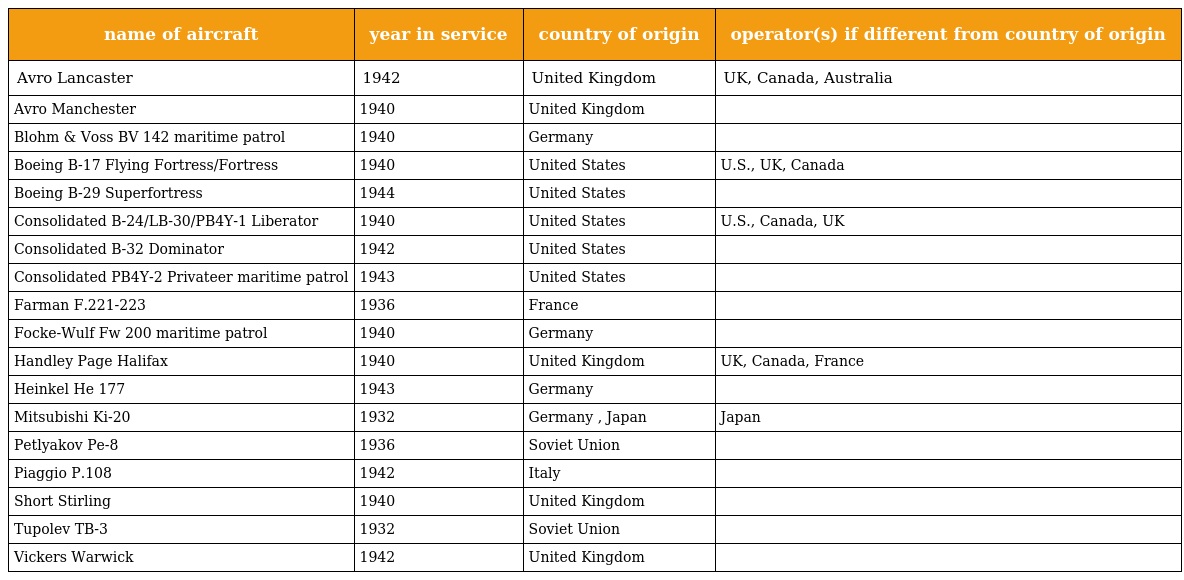
| name of aircraft | year in service | country of origin | operator(s) if different from country of origin |
 | --- | --- | --- | --- |
 | Avro Lancaster | 1942 | United Kingdom | UK, Canada, Australia |
 | Avro Manchester | 1940 | United Kingdom |  |
 | Blohm & Voss BV 142 maritime patrol | 1940 | Germany |  |
 | Boeing B-17 Flying Fortress/Fortress | 1940 | United States | U.S., UK, Canada |
 | Boeing B-29 Superfortress | 1944 | United States |  |
 | Consolidated B-24/LB-30/PB4Y-1 Liberator | 1940 | United States | U.S., Canada, UK |
 | Consolidated B-32 Dominator | 1942 | United States |  |
 | Consolidated PB4Y-2 Privateer maritime patrol | 1943 | United States |  |
 | Farman F.221-223 | 1936 | France |  |
 | Focke-Wulf Fw 200 maritime patrol | 1940 | Germany |  |
 | Handley Page Halifax | 1940 | United Kingdom | UK, Canada, France |
 | Heinkel He 177 | 1943 | Germany |  |
 | Mitsubishi Ki-20 | 1932 | Germany , Japan | Japan |
 | Petlyakov Pe-8 | 1936 | Soviet Union |  |
 | Piaggio P.108 | 1942 | Italy |  |
 | Short Stirling | 1940 | United Kingdom |  |
 | Tupolev TB-3 | 1932 | Soviet Union |  |
 | Vickers Warwick | 1942 | United Kingdom |  |